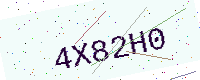
Text: 4X82H0